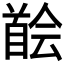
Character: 𩠠